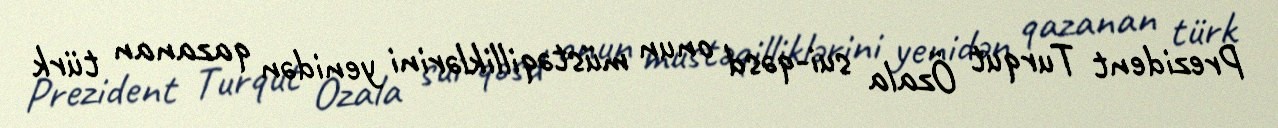
Prezident Turqut Özala sui-qəsd onun müstəqilliklərini yenidən qazanan türk